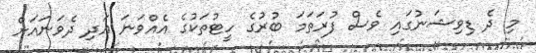
މި ދެ ޑިވިޝަނުގައި ވެސް ފުރަތަމަ ބުރުގެ ހީޓުތަކުގެ އެއްވަނަ އަދި ދެވަނައަށް